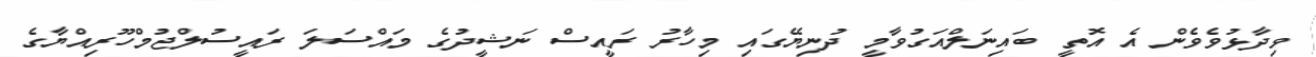
ވިދާޅުވެވެން އެ އޮތީ ބައިނަލްއަގުވާމީ ދުނިޔޭގައި މިހާރު ރައީސް ނަޝީދުގެ މައްސަލަ ރައީސުލްޖުމްހޫރިއްޔާގެ